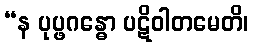
“န ပုပ္ဖဂန္ဓော ပဋိဝါတမေတိ၊